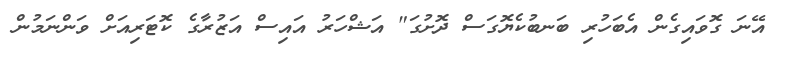
އޭނަ ގޮވައިގެން އެބަހުރި ބަނބުކެޔޮގަސް ދޮށުގަ" އަޝްހަރު އައިސް އަޒުރާގެ ކޮޓަރިއަށް ވަންނަމުން